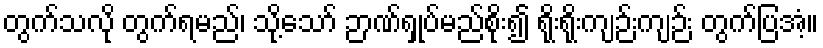
တွက်သလို တွက်ရမည်၊ သို့သော် ဉာဏ်ရှုပ်မည်စိုး၍ ရိုးရိုးကျဉ်းကျဉ်း တွက်ပြအံ့။